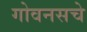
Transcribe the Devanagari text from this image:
गोवनसचे